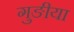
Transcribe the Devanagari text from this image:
गुङीया